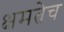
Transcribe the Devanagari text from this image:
क्षमतेच